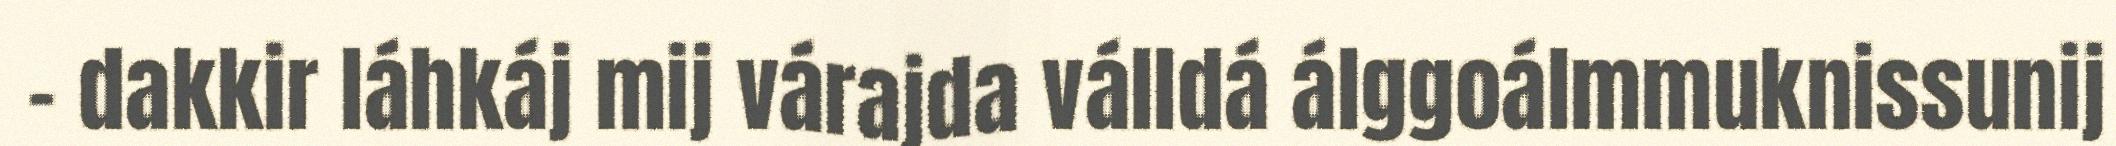
– dakkir láhkáj mij várajda válldá álggoálmmuknissunij